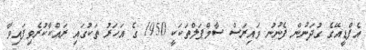
އެފްޑީއޭގެ ގުދަނުން ފެނުނު ވައިރަސް ސާމްޕަލްތަކަކީ 1950 ގެ އަހަރު ތަކުގައި ރައްކާކުރެވިފައިވާ